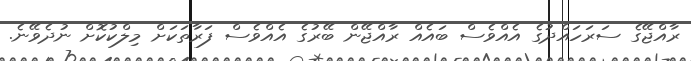
ރާއްޖޭގެ ސަރަހައްދުގެ އެއްވެސް ބައެއް ރާއްޖޭން ބޭރުގެ އެއްވެސް ފަރާތަކަށް މިލްކުކޮށް ނުދެވޭނެ.